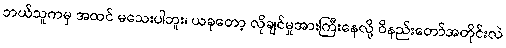
ဘယ်သူကမှ အထင် မသေးပါဘူး၊ ယခုတော့ လိုချင်မှုအားကြီးနေလို့ ဝိနည်းတော်အတိုင်းလဲ